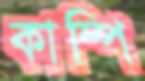
কাম্পি